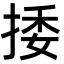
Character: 捼